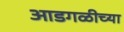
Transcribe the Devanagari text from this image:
आडगळीच्या